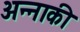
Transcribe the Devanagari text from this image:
अन्नाकी